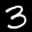
Label: 3